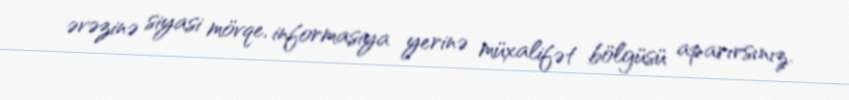
əvəzinə siyasi mövqe, informasiya yerinə müxalifət bölgüsü aparırsınız.